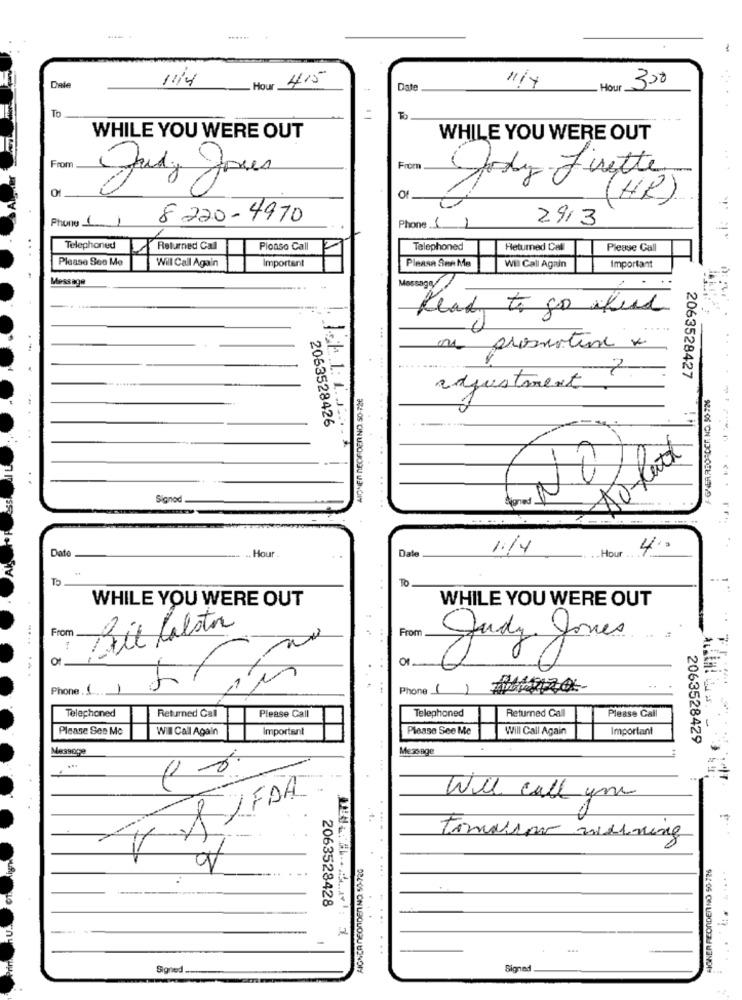
11/4
415
300
Dale
Hour
Date
11/4
Hour
To
. ...
WHILE YOU WERE OUT
WHILE YOU WERE OUT
From
From
Jody Lisette
Judy Joues
O
(HR)
Phone 1
1
8 220-4970
2913
Phone (1
Telephoned
Returned Call
Ploaso Call
Talephoned
Heturned Call
Please Call
Please See Me
Will Call Again
Important
F
Please See Me
Wil Call Again
Important
Message
Mossagy
1
Read, to go alud
o prosmatine x
2063528427
adjustment
2063528426
Signod
324-OS ONU20JOSU UENGIY
Date
1:14
.Hour ..
40
.. Hour
Dale
To
To
WHILE YOU WERE OUT
WHILE YOU WERE OUT
From
Til lalotion
From
O
01
Judy You
Phone (1
Phone 1
Telephoned
Returned Call
Telephoned
Please Call
Please Call
Returned Call
Please See Mc
Will Call Again
Important
Please See Me
Will Call Again
Important
2063528429
Me39002
Mezange
Je
Will call you
tomasar meining
SIGNER FEONDERNO 50-726
....
2063528428
.....
...
Signed -
Signed